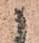
候